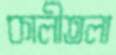
কালীতলা